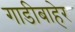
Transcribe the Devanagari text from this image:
गाडीबाहेर